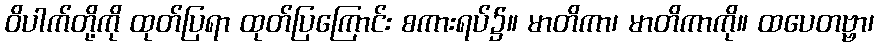
ဝိပါက်တို့ကို ထုတ်ပြရာ ထုတ်ပြကြောင်း စကားရပ်၌။ မာတိကာ၊ မာတိကာကို။ ထပေတဗ္ဗာ၊